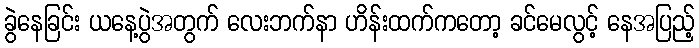
ခွဲနေခြင်း ယနေ့ပွဲအတွက် လေးဘက်နာ ဟိန်းထက်ကတော့ ခင်မေလွင့် နေအပြည့်